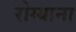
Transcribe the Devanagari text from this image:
रोग्याना